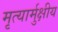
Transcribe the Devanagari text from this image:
मृत्यार्मुक्षीय